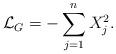
LaTeX: \begin{align*} \mathcal{L}_G=-\sum_{j=1}^nX_j^2.\end{align*}